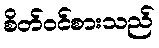
စိတ်ဝင်စားသည်